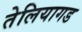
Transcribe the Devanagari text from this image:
तेलियागड